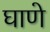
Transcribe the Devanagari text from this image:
घाणे